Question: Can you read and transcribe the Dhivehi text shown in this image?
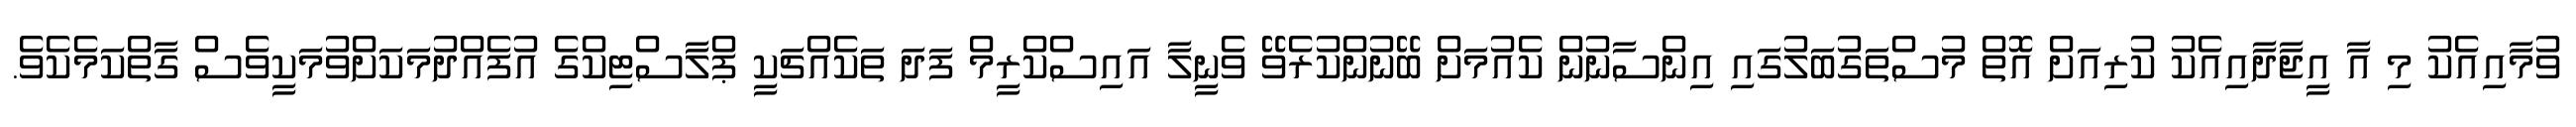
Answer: ވުމާއިއެކު މި އާ އީޖާދާއިއެކު ކުރިއަށް އޮތް މުސްތަގުބަލުގައި އިންސާނުން ކެއުމަށް ބޭނުންކުރެވޭ ވެނީލާ އައިސްކްރީމް ފަދަ ތަކެއްޗަކީ ޕްލާސްޓިކްގެ އުފެއްދުމަކަށްވުމަކީވެސް ގާތްކަމެކެވެ.